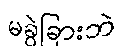
မခွဲခြားဘဲ